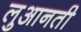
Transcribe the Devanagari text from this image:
लुआनती